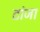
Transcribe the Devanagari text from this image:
टांजा